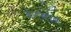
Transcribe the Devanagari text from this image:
बेनबोव